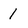
Character: 1